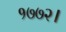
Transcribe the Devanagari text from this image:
१७७२।